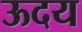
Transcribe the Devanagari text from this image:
ऊदय